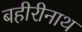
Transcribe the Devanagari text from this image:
बहीरीनाथ